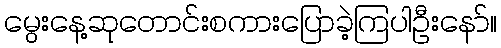
မွေးနေ့ဆုတောင်းစကားပြောခဲ့ကြပါဦးနော်။